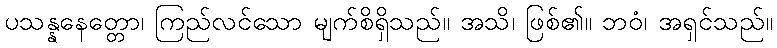
ပသန္နနေတ္တော၊ ကြည်လင်သော မျက်စိရှိသည်။ အသိ၊ ဖြစ်၏။ ဘဝံ၊ အရှင်သည်။